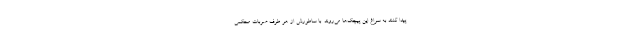
پیدا کنند به سراغ این پیچک‌ها می‌روند. با ساطورش از هر طرف ضربات محکمی